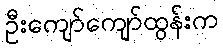
ဦးကျော်ကျော်ထွန်းက